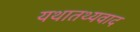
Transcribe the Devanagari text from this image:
यथातथ्यवाद